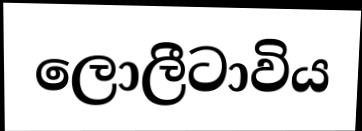
ලොලීටාවිය